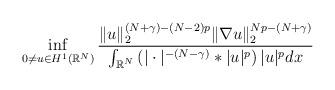
LaTeX: \begin{align*}\inf_{0 \not = u \in H^1 (\mathbb{R}^N)} \frac{\| u \|_2^{(N+\gamma)- (N-2)p} \| \nabla u \|_2^{Np -(N+\gamma)}}{\int_{\mathbb{R}^N} \left( |\cdot|^{-(N-\gamma)} * |u|^p \right) |u|^p dx}\end{align*}